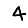
Digit: 4